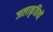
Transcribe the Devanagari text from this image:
जलाकृतियों